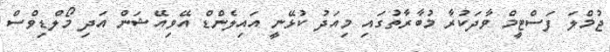
ޖުމްލަ ފަސްޓީމް ވާދަކުރާ މުބާރާތުގައި މިއަދު ކުޅޭނީ އައިލެންޑް އޭވިއޭޝަން އަދި މޯލްޑިވްސް